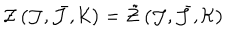
{ \cal Z } \left( { \cal J } , \bar { { \cal J } } , { \cal K } \right) = \tilde { { \cal Z } } \left( { \cal J } , \bar { { \cal J } } , { \cal K } \right)